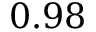
0 . 9 8